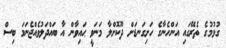
ގުޅުމުގެ ތެރޭގައި އަންހެނާގެ ހަށިގަނޑަށް ދޫކޮށްލާ މަނަވީ ޙައިވާން އާ ބައްދަލުވެއްޖެނަމަ ބިސް